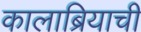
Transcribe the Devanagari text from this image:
कालाब्रियाची